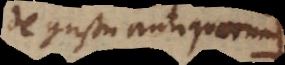
De gustu antiquorum.